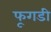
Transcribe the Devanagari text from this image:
फूगडी